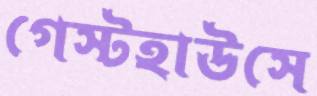
গেস্টহাউসে